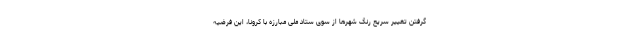
گرفتن تغییر سریع رنگ شهرها از سوی ستاد ملی مبارزه با کرونا، این فرضیه